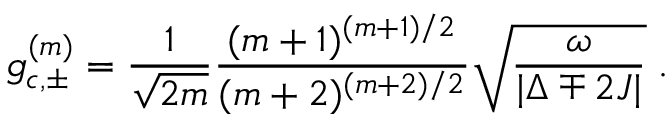
g _ { c , \pm } ^ { ( m ) } = \frac { 1 } { \sqrt { 2 m } } \frac { ( m + 1 ) ^ { ( m + 1 ) / 2 } } { ( m + 2 ) ^ { ( m + 2 ) / 2 } } \sqrt { \frac { \omega } { \vert { \Delta \mp 2 J } \vert } } \; .